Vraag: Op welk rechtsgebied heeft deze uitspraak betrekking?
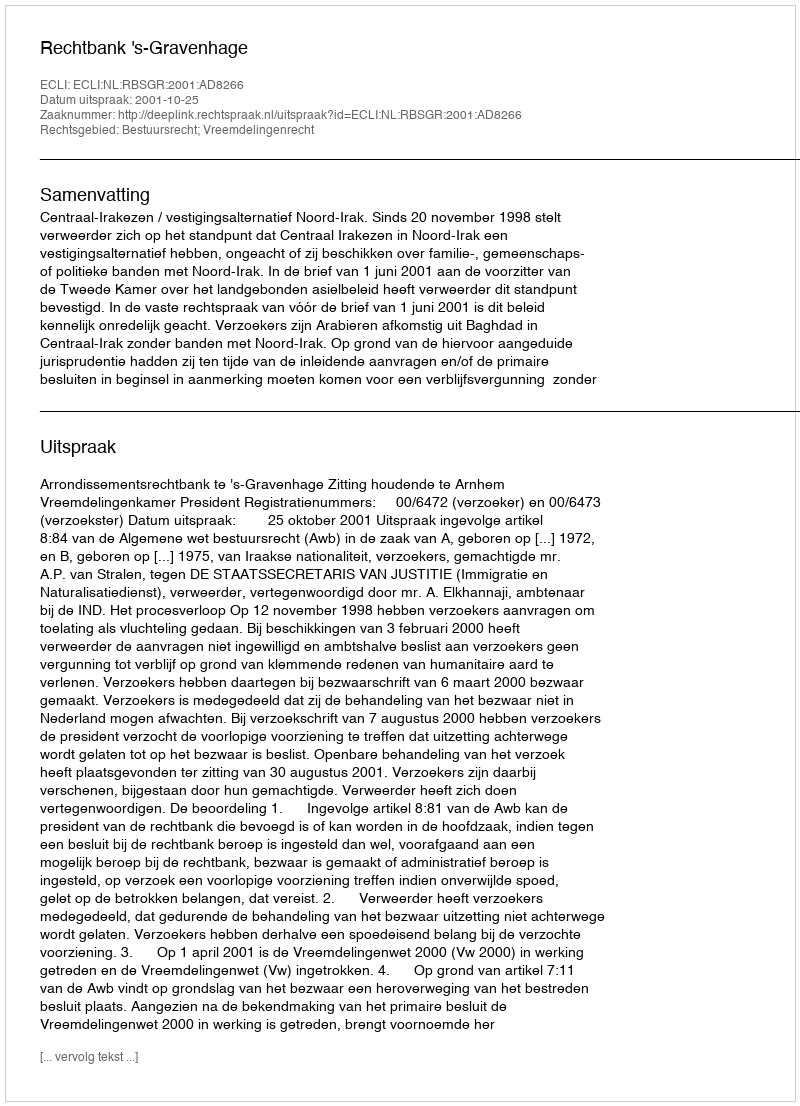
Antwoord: Bestuursrecht; Vreemdelingenrecht